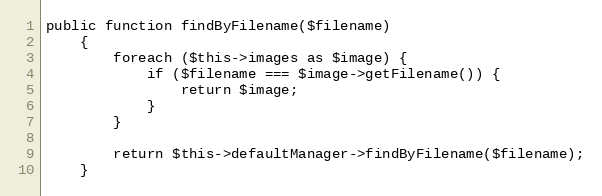
Language: PHP
public function findByFilename($filename)
    {
        foreach ($this->images as $image) {
            if ($filename === $image->getFilename()) {
                return $image;
            }
        }

        return $this->defaultManager->findByFilename($filename);
    }